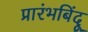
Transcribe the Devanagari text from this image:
प्रारंभबिंदू